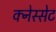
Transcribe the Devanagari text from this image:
क्नेस्सेट